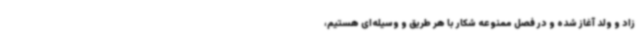
زاد و ولد آغاز شده و در فصل ممنوعه شکار با هر طریق و وسیله‌ای هستیم،